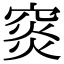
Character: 䆦